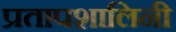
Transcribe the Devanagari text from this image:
प्रतापशालिनी